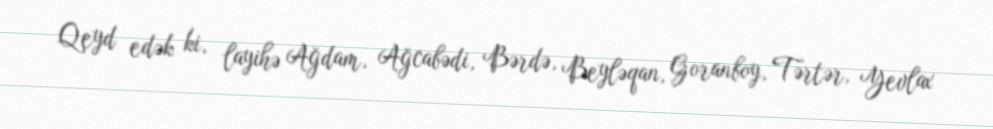
Qeyd edək ki, layihə Ağdam, Ağcabədi, Bərdə, Beyləqan, Goranboy, Tərtər, Yevlax